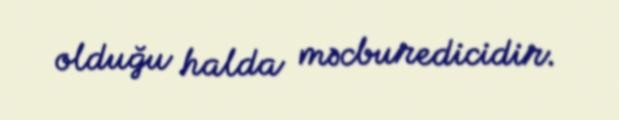
olduğu halda məcburedicidir.